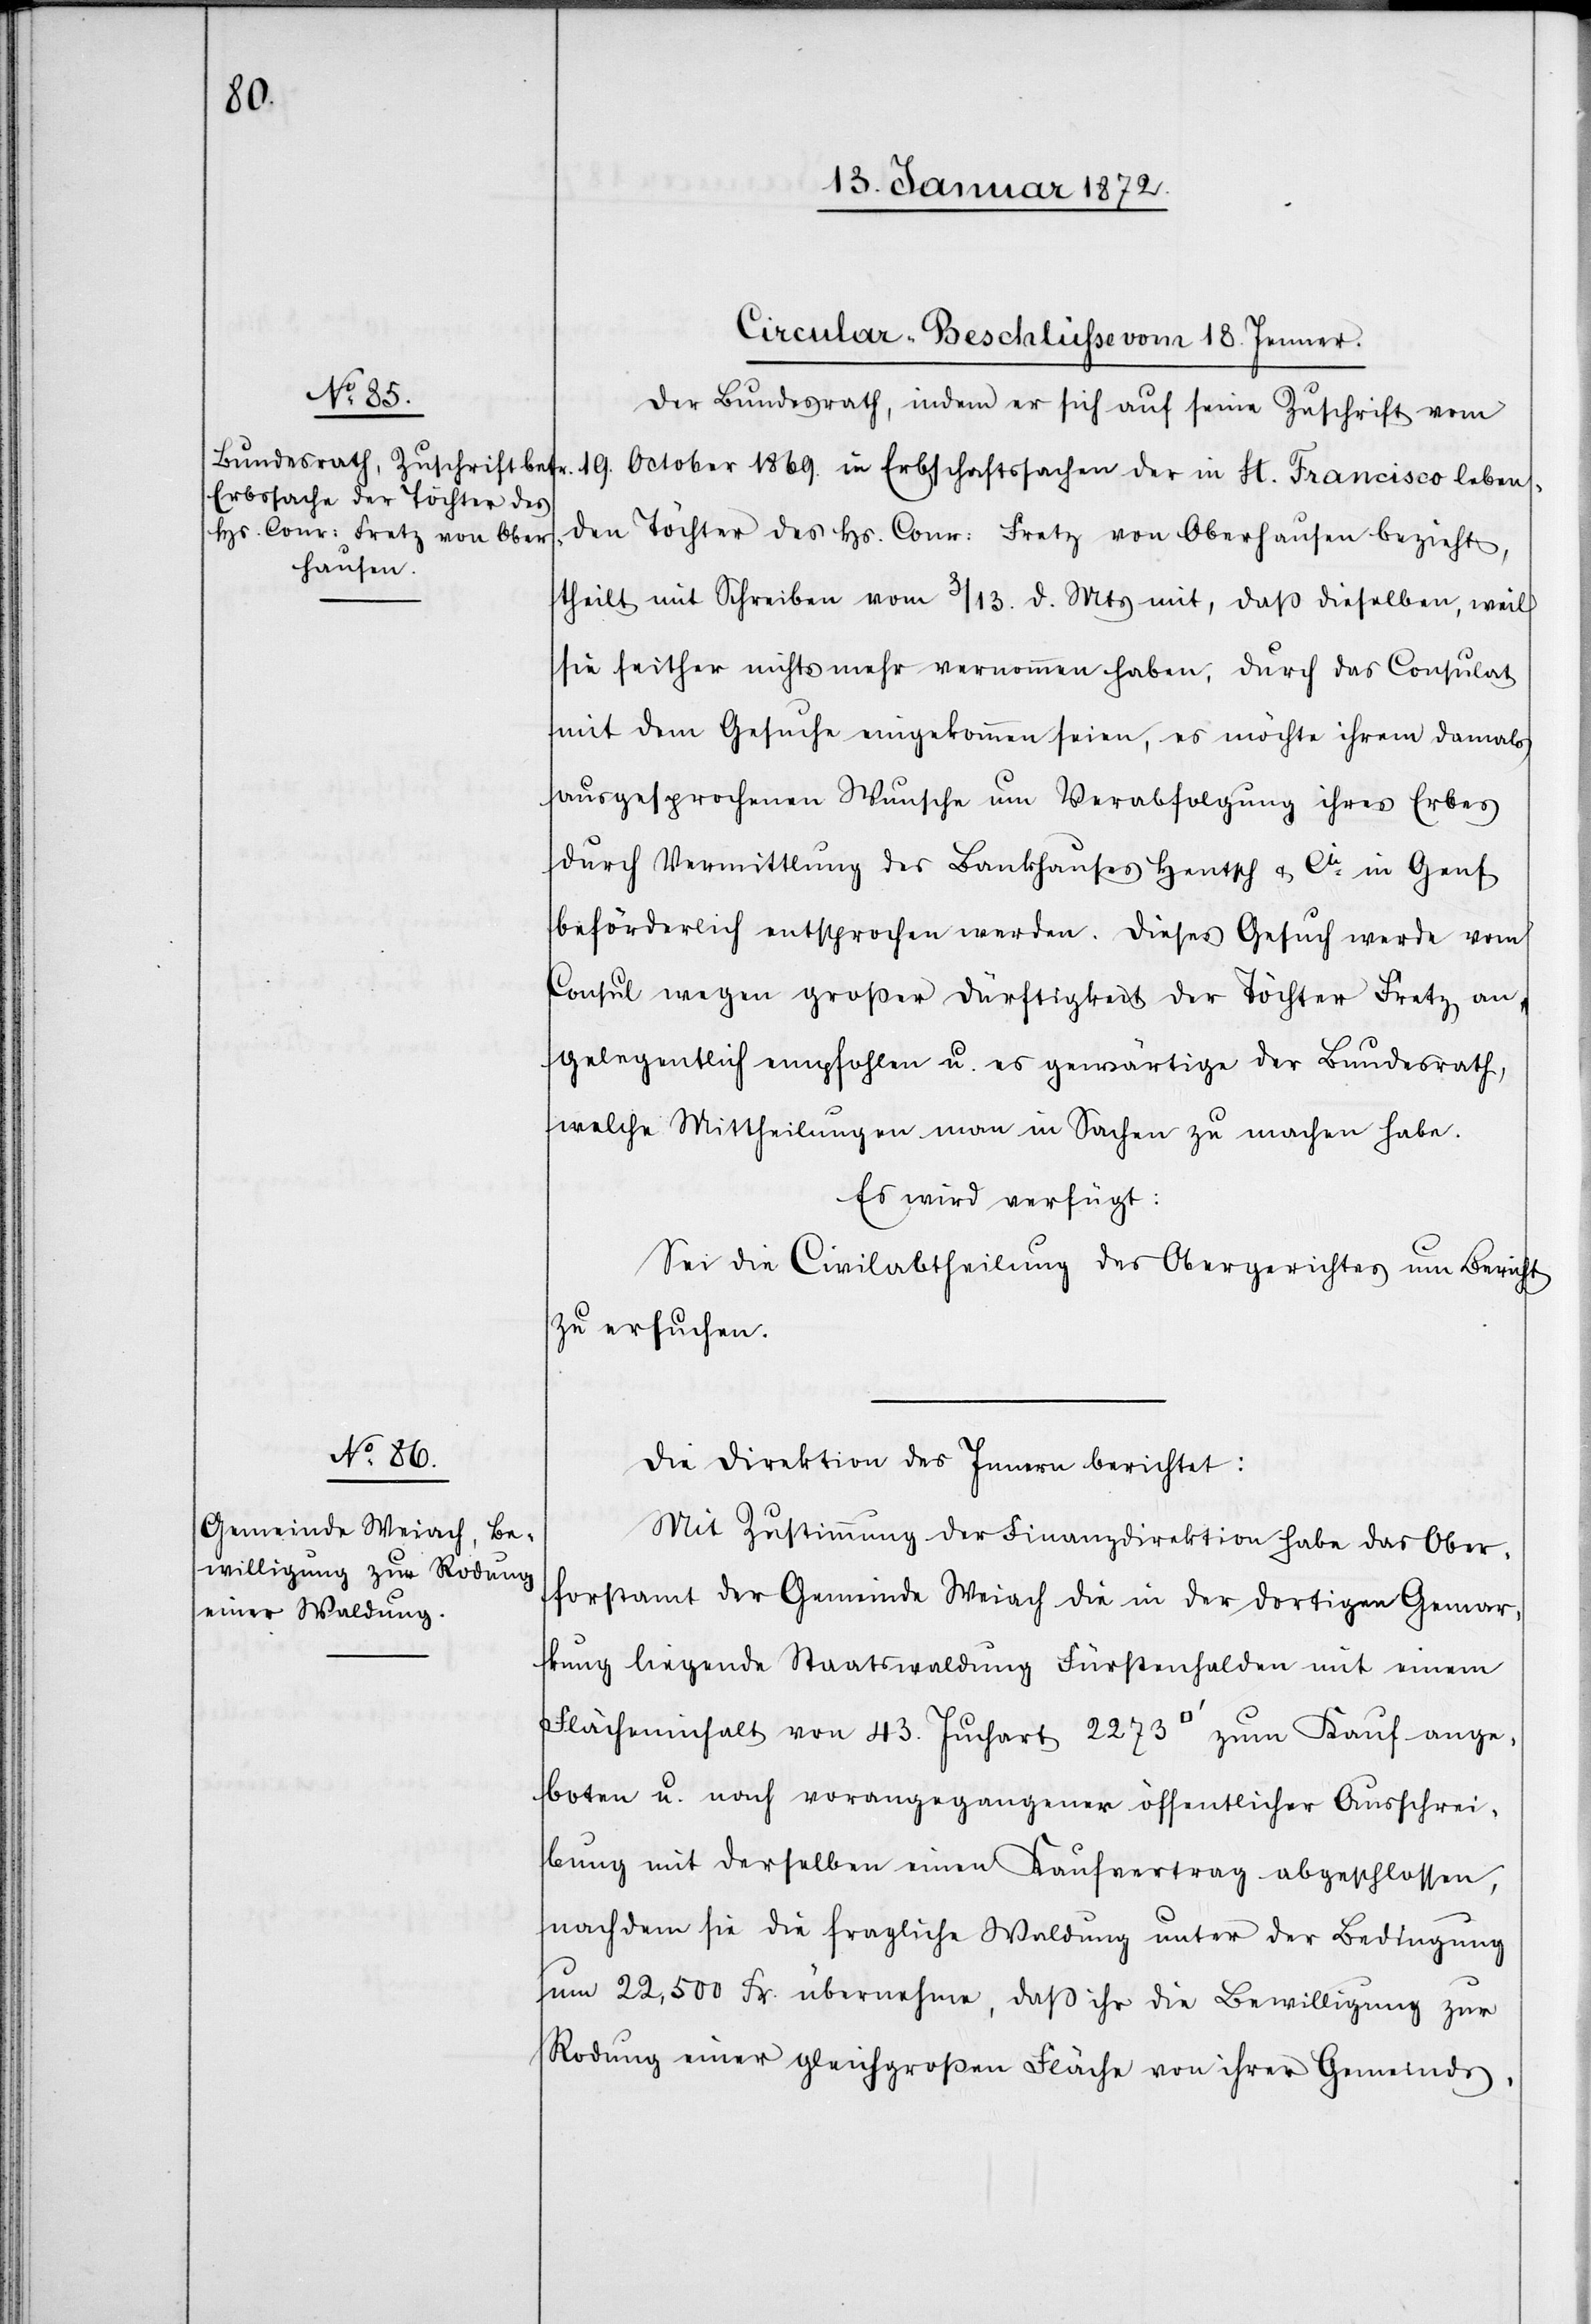
[Circular-Beschlüsse vom 18. Jenner.]
Der Bundesrath, indem er sich auf seine Zuschrift vom
19. October 1869. in Erbschaftssachen der in St. Francisco leben¬
den Töchter des Hs. Conr: Fretz von Oberhausen bezieht,
theilt mit Schreiben vom 3/13 d. Mts mit, daß dieselben, weil
sie seither nichts mehr vernommen haben, durch das Consulat
mit dem Gesuche eingekommen seien, es möchte ihrem damals
ausgesprochenen Wunsche um Verabfolgung ihres Erbes
durch Vermittlung des Bankhauses Hentsch & Cie in Genf
beförderlich entsprochen werden. Dieses Gesuch werde vom
Consul wegen großer Dürftigkeit der Töchter Fretz an¬
gelegentlich empfohlen u. es gewärtige der Bundesrath,
welche Mittheilungen man in Sachen zu machen habe.
Es wird verfügt:
Sei die Civilabtheilung des Obergerichtes um Bericht
zu ersuchen.
Die Direktion des Innern berichtet:
Mit Zustimmung der Finanzdirektion habe das Ober¬
forstamt der Gemeinde Weiach die in der dortigen Gemar¬
kung liegende Staatswaldung Fürstenhalden mit einem
Flächeninhalt von 43. Juchart 2273 [Quadratfuss] zum Kauf ange¬
boten u. nach vorangegangener öffentlicher Ausschrei¬
bung mit derselben einen Kaufvertrag abgeschlossen,
nachdem sie die fragliche Waldung unter der Bedingung
um 22,500 Fr. übernehme, daß ihr die Bewilligung zur
Rodung einer gleichgroßen Fläche von ihrer Gemeinds-